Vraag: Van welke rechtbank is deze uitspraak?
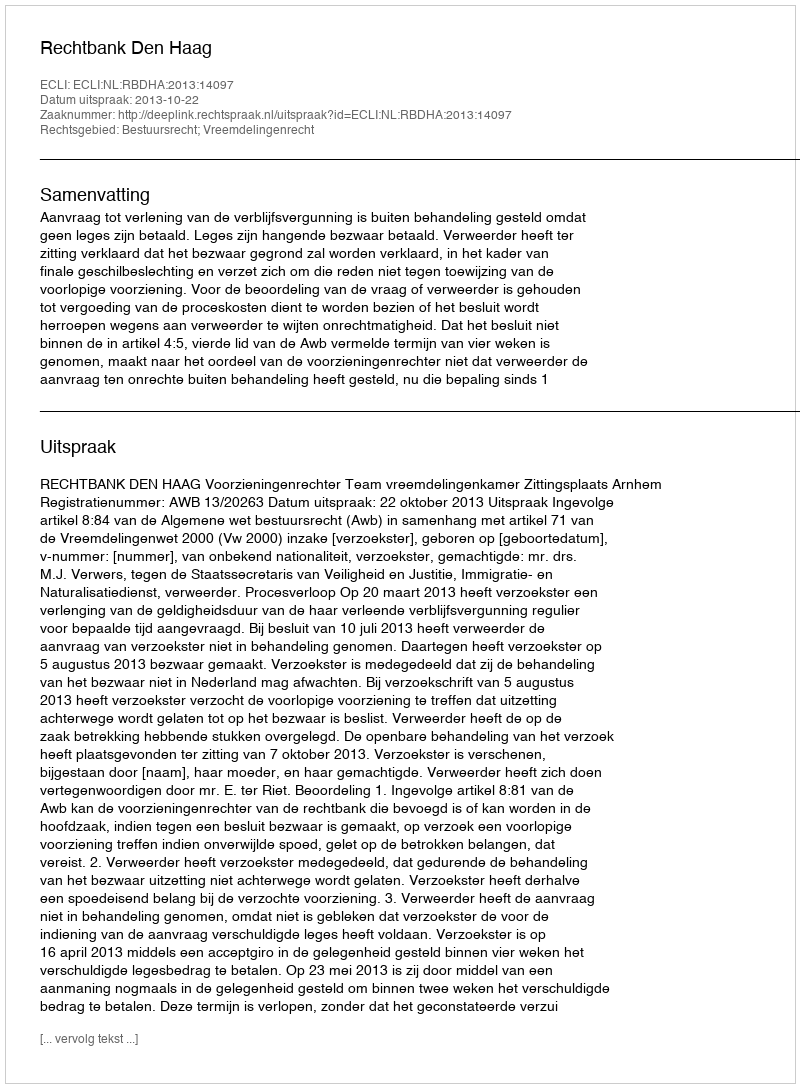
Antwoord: Rechtbank Den Haag